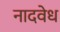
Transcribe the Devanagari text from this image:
नादवेध